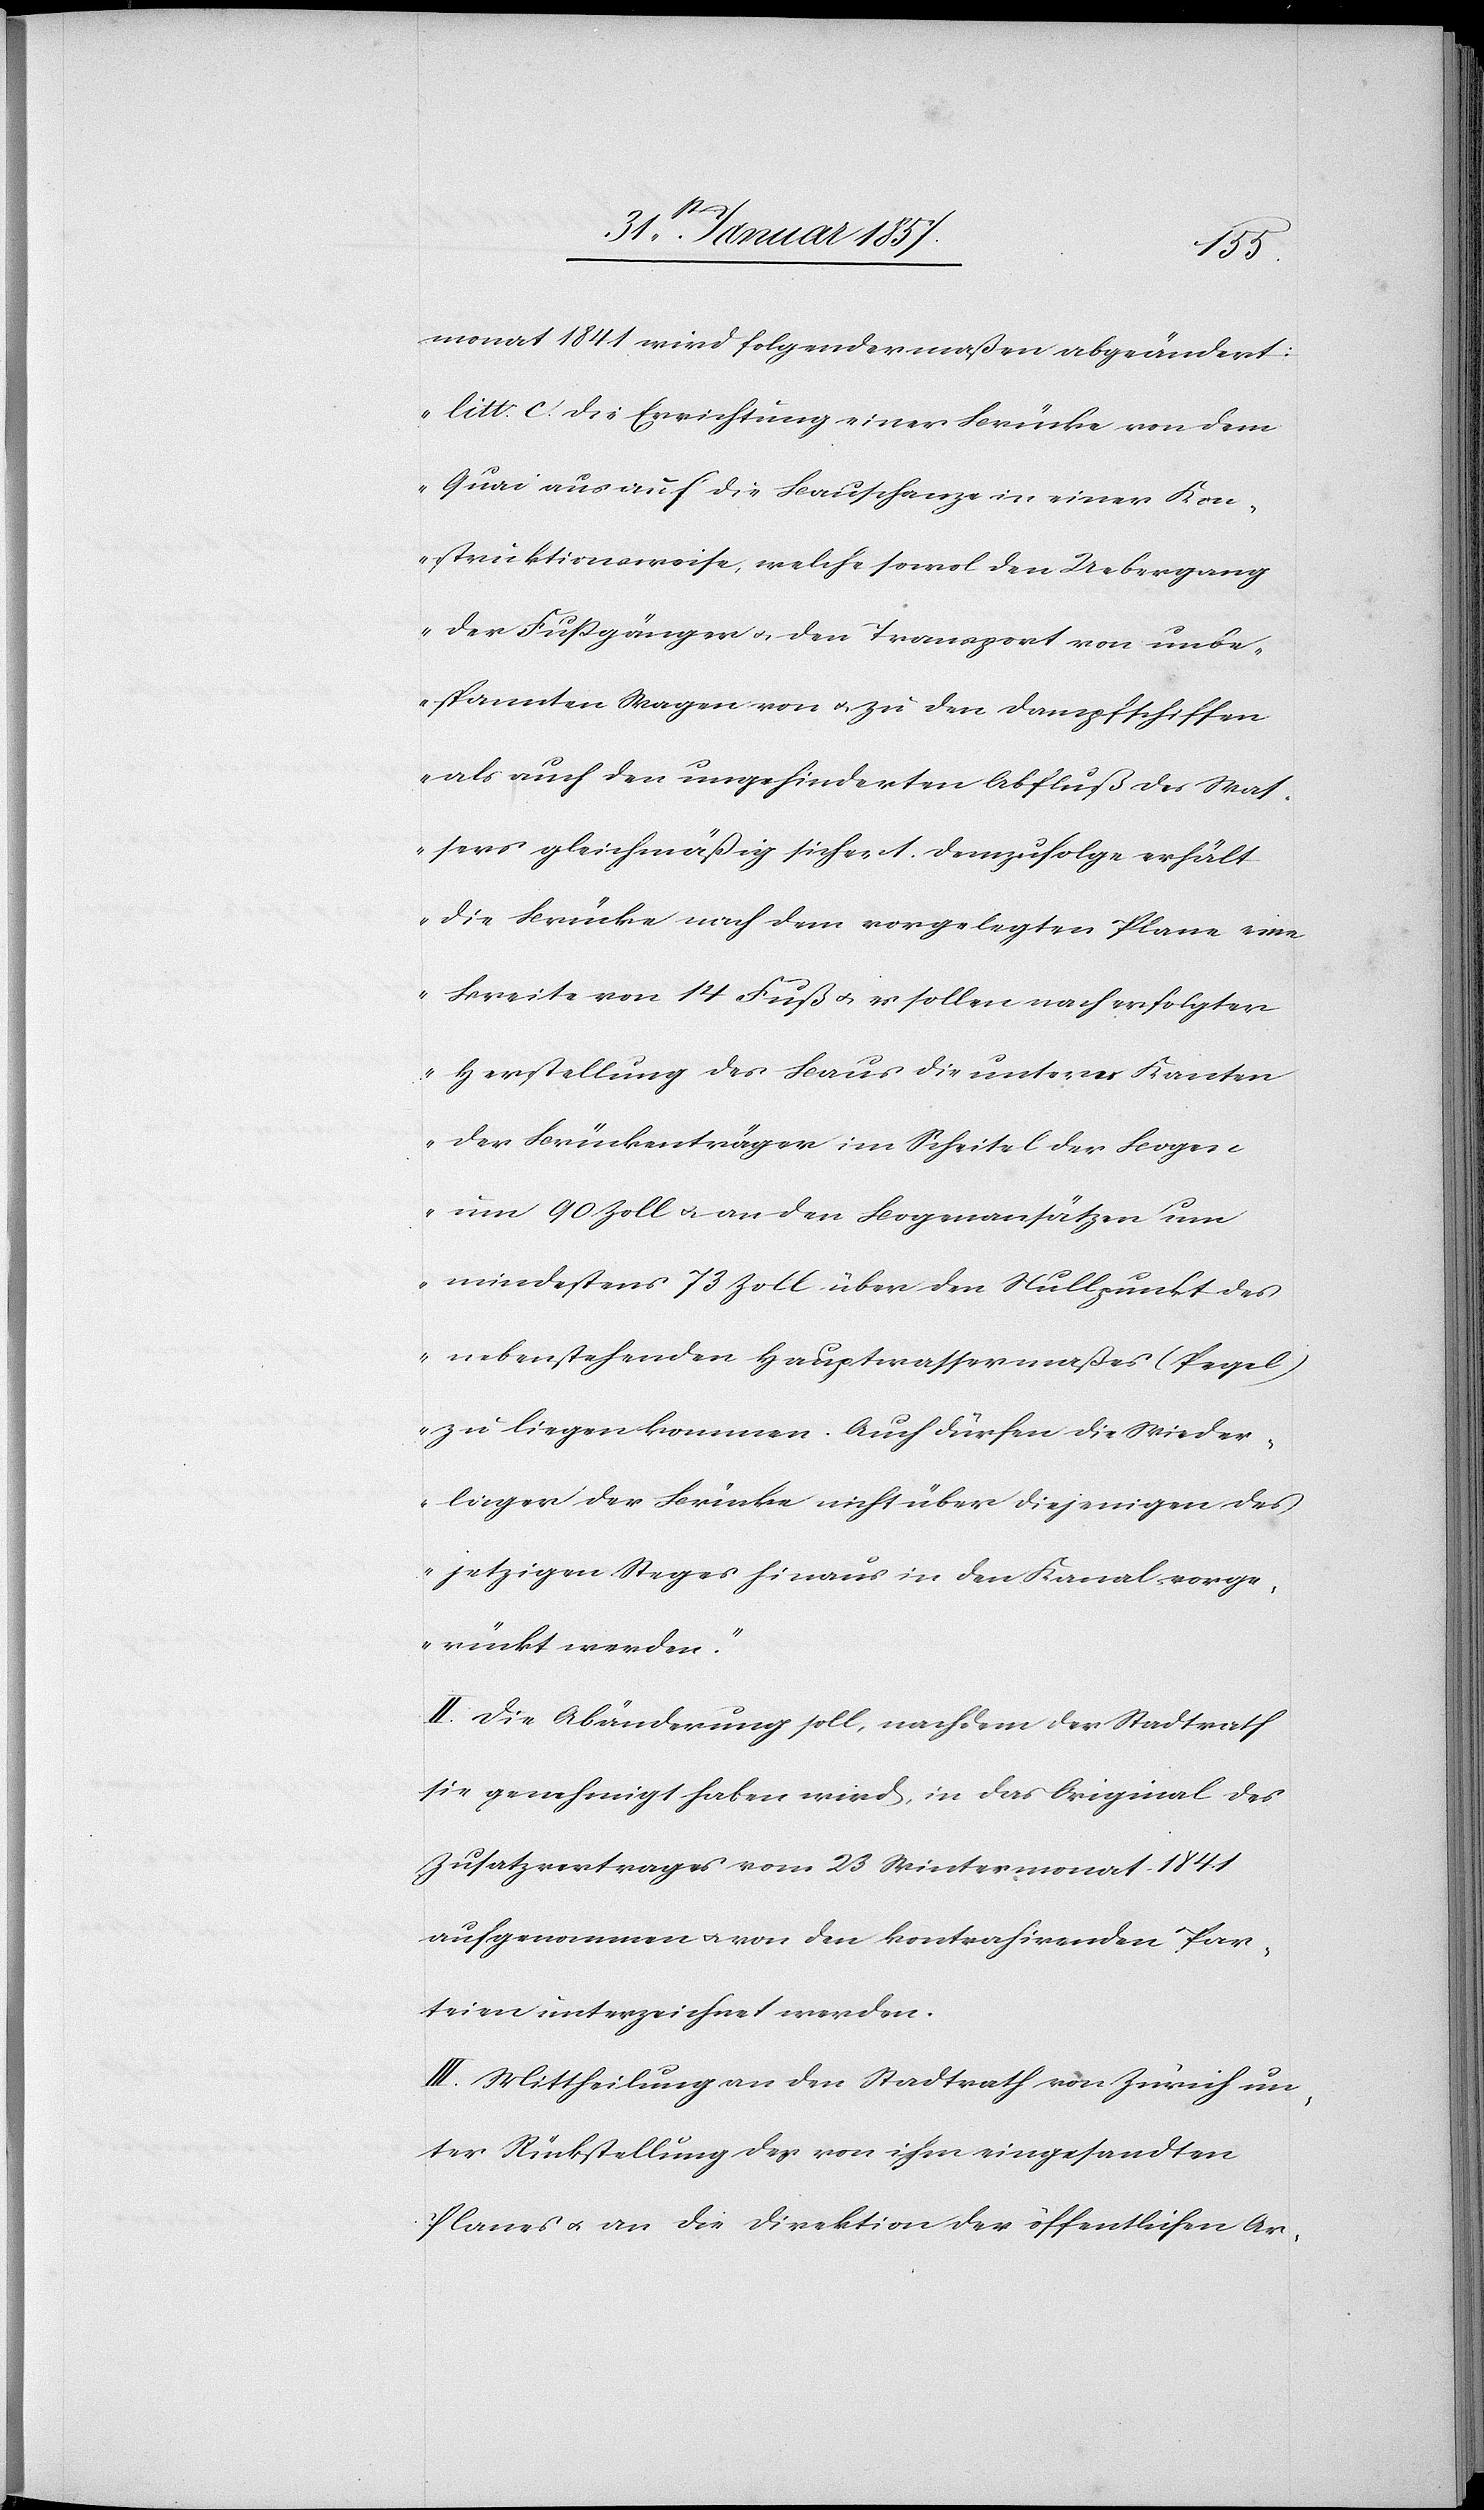
monat 1841 wird folgendermaßen abgeändert:
„Litt. c. Die Errichtung einer Brücke von dem
Quai aus auf die Bauschanze in einer Kon¬
struktionsweise, welche sowol den Uebergang
der Fußgänger u. den Transport von unbe¬
spannten Waagen von & zu den Dampfschiffen
als auch den ungehinderten Abfluß des Was¬
sers gleichmäßig sichert. Demzufolge erhält
die Brücke nach dem vorgelegten Plane eine
Breite von 14 Fuß u. es sollen nach erfolgter
Herstellung des Baus die untern Kanten
der Brückenträger im Scheitel der Bogen
um 90 Zoll & an den Bogenansätzen um
mindestens 73 Zoll über den Nullpunkt des
nebenstehenden Hauptwassermaßes (Pegel)
zu liegen kommen. Auch dürfen die Wieder¬
lieger der Brücke nicht über diejenigen des
jetzigen Steges hinaus in den Kanal vorge¬
rückt werden.“
II. Die Abänderung soll, nachdem der Stadtrath
sie genehmigt haben wird, in das Original des
Zusatzvertrages vom 23 Wintermonat 1841
aufgenommen u. von den kontrahierenden Par¬
teien unterzeichnet werden.
III. Mittheilung an den Stadtrath von Zürich un¬
ter Rückstellung der von ihm eingesandten
Planes u. an die Direktion der öffentlichen Ar-